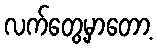
လက်တွေ့မှာတော့